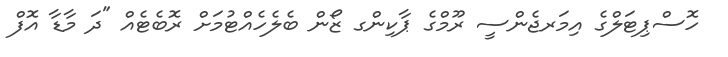
ހޮސްޕިޓަލްގެ އިމަރޖެންސީ ރޫމްގެ ޕާކިންގ ޒޯން ބެލެހެއްޓުމަށް ރޮބެޓެއް "ދަ މާޑާ އޮފް